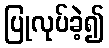
ပြုလုပ်ခဲ့၍